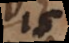
_